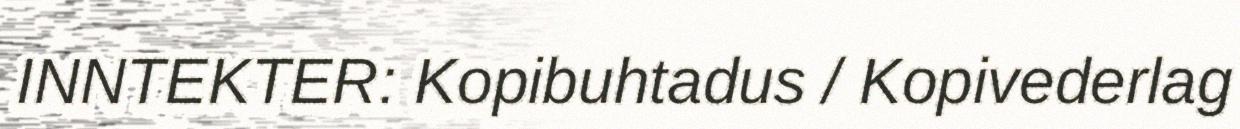
INNTEKTER: Kopibuhtadus / Kopivederlag